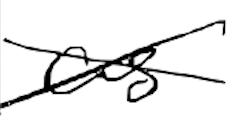
Text: as
Cross-out: cross
Writing tool: digital_black